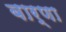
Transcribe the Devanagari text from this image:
बार्णा